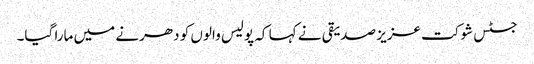
جسٹس شوکت عزیز صدیقی نے کہا کہ پولیس والوں کو دھرنے میں مارا گیا۔